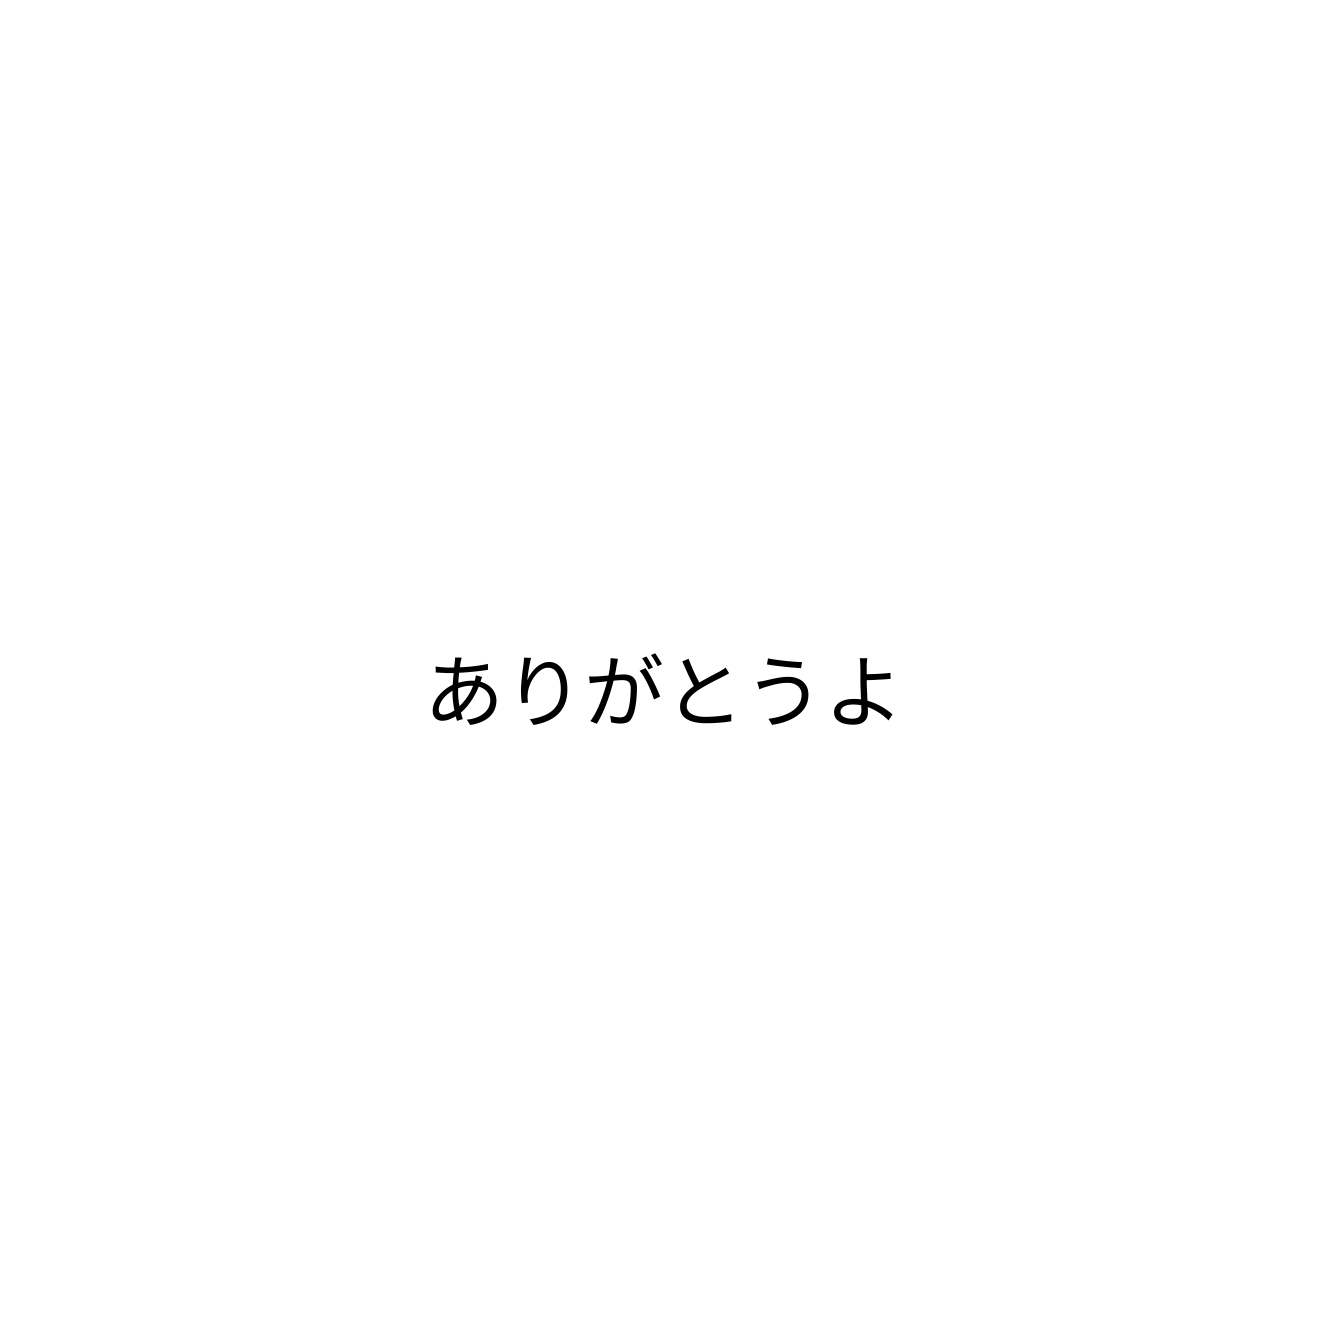
ありがとうよ